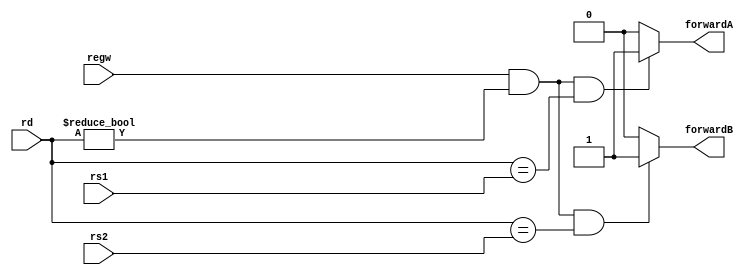
`timescale 1ns / 1ps
//////////////////////////////////////////////////////////////////////////////////
// Company: 
// Engineer: 
// 
// Design Name: 
// Module Name: ForwardingUnit
// Project Name: 
// Target Devices: 
// Tool Versions: 
// Description: 
// 
// Dependencies: 
// 
// Revision:
// Revision 0.01 - File Created
// Additional Comments:
// 
//////////////////////////////////////////////////////////////////////////////////


module ForwardingUnit(input      [4:0] rs1,   // ID/EX Rs1
                                       rs2,   // ID/EX Rs2
                                       rd,   // MEM/WB Rd
                      input            regw, // MEM/WB regwrite
                      output reg       forwardA,
                                       forwardB    );
                                    

      always @(*)
      begin
            
            if (regw && (rd != 0) && (rd == rs1)) begin
                forwardA = 1'b1;
            end else forwardA = 1'b0;
            if (regw && (rd != 0) && (rd == rs2)) begin
                forwardB = 1'b1;
            end else forwardB = 1'b0;     
      end
      
           
endmodule